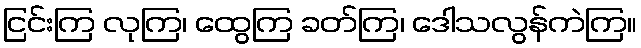
ငြင်းကြ လုကြ၊ ထွေကြ ခတ်ကြ၊ ဒေါသလွန်ကဲကြ။